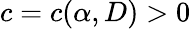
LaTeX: c=c(\alpha,D)>0